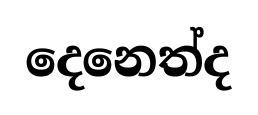
දෙනෙත්ද